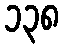
၁၃၈